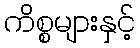
ကိစ္စများနှင့်